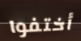
أختفوا